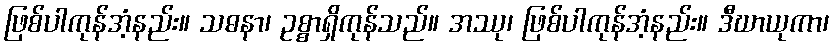
ဖြစ်ပါကုန်အံ့နည်း။ သဓနာ၊ ဥစ္စာရှိကုန်သည်။ အဿု၊ ဖြစ်ပါကုန်အံ့နည်း။ ဒီဃာယုကာ၊